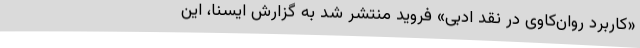
«کاربرد روان‌کاوی در نقد ادبی» فروید منتشر شد به گزارش ایسنا، این